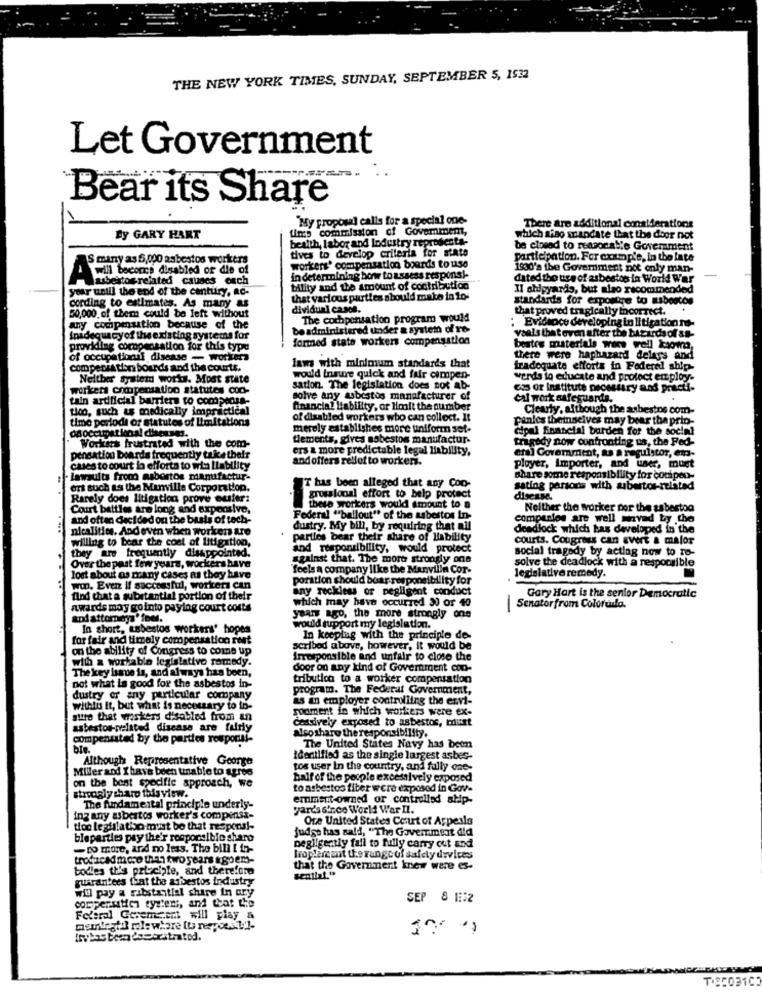
THE NEW YORK TIMES, SUNDAY, SEPTEMBER 5, 1532
Let Government
Bear its Share
"My proposal calls for a special one-
Ums commission of Govemmem,
There are additional considerations
By GARY HART
health, labor and Industry representa-
which Riso mandate that the door not
tives to develop criteria for state
be closed to reasonalie Government
S many as 5,000 asbestos workers
participation. For example, in the late
workers' compensation boards to use
1930's the Government not only man-
AMAll beconc) disabled or die of
rubestos related causes exch
in determining how to assess respons !-
dated the use of asbestos la World War
-
your until the end of the century, ac-
bility and the amount of contribution
Il shipyards, but also recommended
cording to estimates. As many as
that various parties should make in 1o-
standards for exportre to nabootos
dividual cases.
that proved tragically incorrect.
50,000 of them could be left without
The cochpensation program would
Any compensation because of the
be administered under a system of re
:Evidence developing in litigation ro-
inadequacyof the existing systems for
formed state workers compensation
vaals that even after the batarda of as-
providing compensation for this type
bestes materials were well kaoma,
of occupational disease - workers
there were haphazard delays and
compensation boards and the courts.
laws with minimum standards that
iradequate efforts in Federal ship-
Neither system works. Most state
would Insure quick and fair cimpen-
werds to educate and protect employ.
workers compensation statutes cod-
sation. The legislation does not ab-
es or institute necessary ans practi-
tuin artificial barriers to compedia-
solve any tobestos manufacturer of
cal work safeguards.
too, such as medically impractical
financial Liability, or Hoalt the number
Clearly, although the asbestos com-
timo periodi or statutes of Limitations
of disabled workers who can collect. It
pinles themselves may bear the prio-
Odoccupational diseases.
merely establishes more uniform sot-
cipal financial burden for the social
tements, gives asbestos manufactur-
tragedy now confronting us, the Fed-
Workers frustrated with the com-
ers & more predictable legal liability,
era] Goverment, as a regulator, em-
pensation boarda frequently take their
andoffers rellot to worker.
cases to court in efforts to wi: liability
ployer, Importer, and uner, mugt
lawsuits from mabortos mamifactur-
Share some responsibility for couipen-
ort such as the Munville Corporation.
IT has been alleged that any Coo-
sating parsons with abertos-related
Rarely does litigation prove ousier:
prosalonal effort to help protect
disease.
Court battles are long and expensive,
these workers would amount to a
Neither the worker por the sabestoo
and often decided on the basis of tech-
Federal "ballout" of the asbestos In-
companies are well mnved by the
nicalitice. Andeven when worker are
dustry. My bill, by requiring that all
deadlock which has developed in the
willing to bear the cost of litigation,
parties bear their share of liability
courts. Congress can avert & malor
they are frequently disappointed.
and responsibility, would protect
social tragedy by actlag now to ro-
against that. The more strongly ons
solve the deadlock with a nesporsible
Over the past few years, wockers have
feels a company like the Manvilln Cor-
legislative remedy.
lost about as many cases as they have
poration should bear responsibility for
won. Even If successful, workers can
any reckless or negligent conduct
find chat a substantial portion of their
which may have occurred 30 or 40
Gary Hart is the senior Democratic
awards may gointo paying court costs
Senatorfrom Colorado.
and attomeys' four.
years ago, the more strongly ons
In short, asbestos workers' hopes
would support my legislation.
for fair and timely compensation rent
In keeping with the principle de-
on the ability of Congress to come up
scribed above, however, it would be
with a workable legislativo remedy.
Irresponsible and unfair to close the
The key issue is, and always has been,
door on any kind of Government coo-
tribution to a worker compensation
not what is good for the asbestos in-
program. The Federal Government,
dustry or any particular company
as an employer controlling the ervi-
withlu it, but what is necessary to io-
sodiment in which workers were ex-
sure that workers disabled from an
cessively exposed to asbestos, must
asbestos-related disease are fairly
alsoshare the responsibility.
compensated by the parties rosporuf-
bin.
The United States Navy has been
Although Representative George
identified as the single largest asbes-
Miller and I have been unable to agree
tos user In the country, and fully one-
half of the people excessively exposed
on the best specifie approach, we
to asbestos fiber were exposed in Gov-
strongly sharp this view.
emment-owned or controlled ship-
The fundamental principle underly-
yards since World War II.
ing any asbestos worker's compensa-
Ore United States Court of Appeals
tion legislativo must be that resporu !-
judge has said, "The Goverment did
bleparties pay the'r responsible share
-to more, and no less. The bill [ in-
Degligently fail to fully carry out and
troduced more than two years agoem-
hopdarcant the rangeof safety devices
bodies this principle, and therefore
that the Government knew were es-
guarantees that the asbestos industry
sential."
will pay a ribstantial share in ory
compersition systems, and that the
SEP 8 1:52
Federal Geremsent will play a
tsvbas bem descritratod.
T.85031C